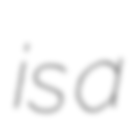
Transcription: is a